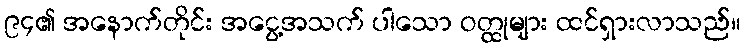
၉၄၏ အနောက်တိုင်း အငွေ့အသက် ပါသော ဝတ္ထုများ ထင်ရှားလာသည်။